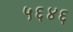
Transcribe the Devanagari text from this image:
५६४६